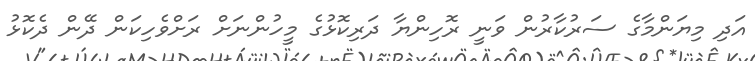
އަދި މިޔަންމާގެ ސަރުކާރުން ވަނީ ރޮހިންޔާ ދަރިކޮޅުގެ މީހުންނަށް ރަށްވެހިކަން ދޭން ދެކޮޅު